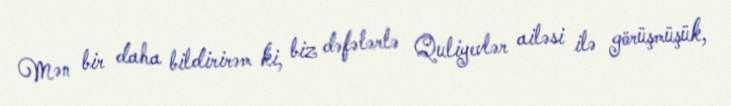
Mən bir daha bildirirəm ki, biz dəfələrlə Quliyevlər ailəsi ilə görüşmüşük,